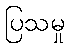
ပြသမှု